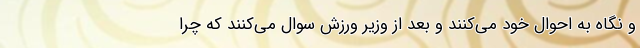
و نگاه به احوال خود می‌کنند و بعد از وزیر ورزش سوال می‌کنند که چرا